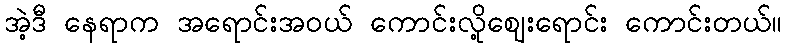
အဲ့ဒီ နေရာက အရောင်းအဝယ် ကောင်းလို့ဈေးရောင်း ကောင်းတယ်။